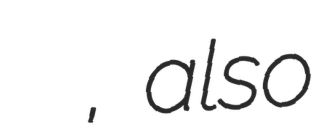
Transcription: گل تپه عليا, also